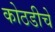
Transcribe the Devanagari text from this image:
कोठडीचे